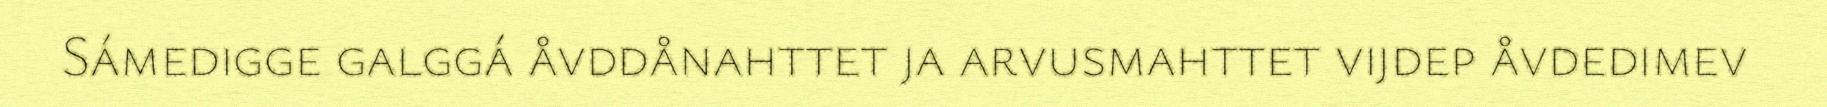
Sámedigge galggá åvddånahttet ja arvusmahttet vijdep åvdedimev